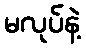
မလုပ်နဲ့